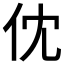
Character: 𠆶